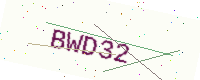
Text: BWD32